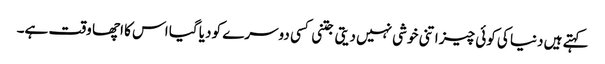
کہتے ہیں دنیا کی کوئی چیز اتنی خوشی نہیں دیتی جتنی کسی دوسرے کو دیا گیا اس کا اچھا وقت ہے۔